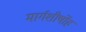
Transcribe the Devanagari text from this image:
मार्गशीर्षोहं